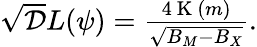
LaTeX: \begin{array}{r}{\sqrt{\mathcal{D}}L(\psi)=\frac{4\mathrm{~K~}(m)}{\sqrt{B_{M}-B_{X}}}.}\end{array}